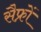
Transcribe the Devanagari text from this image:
सैफ्रों